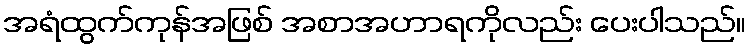
အရံထွက်ကုန်အဖြစ် အစာအဟာရကိုလည်း ပေးပါသည်။